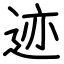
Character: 迹